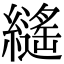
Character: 𦆸